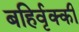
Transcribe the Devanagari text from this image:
बहिर्वृक्की